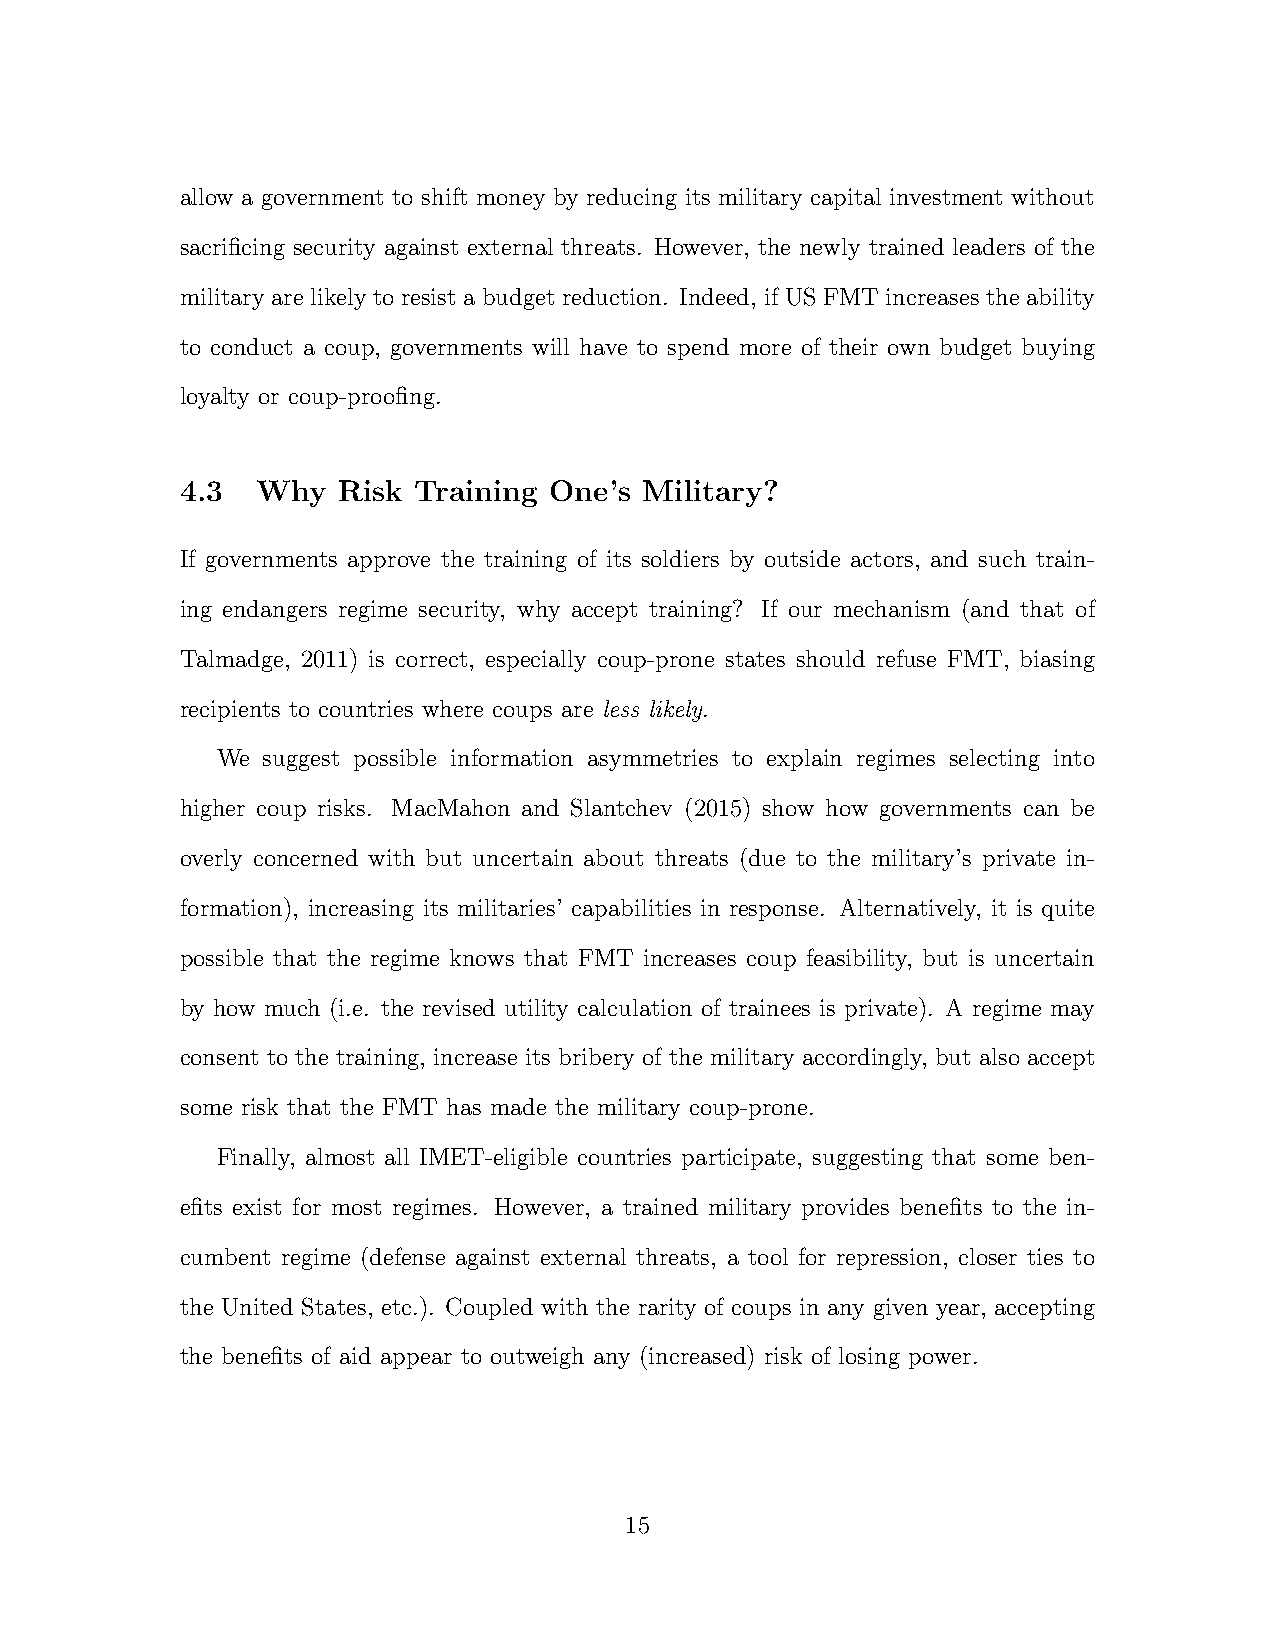
allow a government to shift money by reducing its military capital investment without
 sacrificing security against external threats. However, the newly trained leaders of the
 military are likely to resist a budget reduction. Indeed, if US FMT increases the ability
 to conduct a coup, governments will have to spend more of their own budget buying
 loyalty or coup-proofing.
 4.3  Why  Risk Training One’s  Military?
 If governments approve the training of its soldiers by outside actors, and such train-
 ing endangers regime security, why accept training? If our mechanism (and that of
 Talmadge, 2011) is correct, especially coup-prone states should refuse FMT, biasing
 recipients to countries where coups are less likely.
 We suggest possible information asymmetries to explain regimes selecting into
 higher coup risks. MacMahon and Slantchev (2015) show how governments can be
 overly concerned with but uncertain about threats (due to the military’s private in-
 formation), increasing its militaries’ capabilities in response. Alternatively, it is quite
 possible that the regime knows that FMT increases coup feasibility, but is uncertain
 by how much (i.e. the revised utility calculation of trainees is private). A regime may
 consent to the training, increase its bribery of the military accordingly, but also accept
 some risk that the FMT has made the military coup-prone.
 Finally, almost all IMET-eligible countries participate, suggesting that some ben-
 efits exist for most regimes. However, a trained military provides benefits to the in-
 cumbent regime (defense against external threats, a tool for repression, closer ties to
 the United States, etc.). Coupled with the rarity of coups in any given year, accepting
 the benefits of aid appear to outweigh any (increased) risk of losing power.
 15